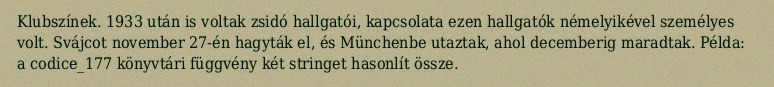
Klubszínek. 1933 után is voltak zsidó hallgatói, kapcsolata ezen hallgatók némelyikével személyes volt. Svájcot november 27-én hagyták el, és Münchenbe utaztak, ahol decemberig maradtak. Példa: a codice_177 könyvtári függvény két stringet hasonlít össze.